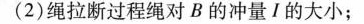
(2)绳拉断过程绳对 B 的冲量Ⅰ的大小；